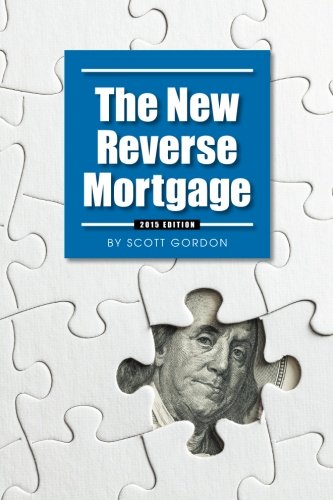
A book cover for The New Reverse Mortgage: 2015 Edition; Scott A. Gordon; Business & Money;